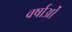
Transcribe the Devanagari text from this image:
वर्षाओं